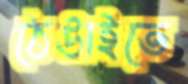
ঠেঙাইতে